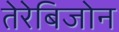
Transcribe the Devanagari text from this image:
तेरेबिजोन